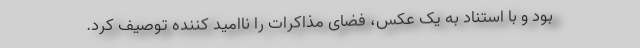
بود و با استناد به یک عکس، فضای مذاکرات را ناامید کننده توصیف کرد.